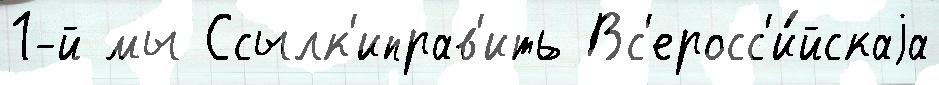
1-й мы Ссылк'иправ'ить Вс'еросс'и́йскаjа